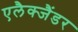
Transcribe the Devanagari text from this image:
एलैक्जैंडर